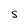
Character: S